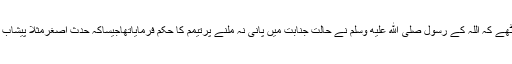
غرضیکہ حضرت عمر رضى الله عنه بھول بیٹھے کہ اللہ کے رسول صلى الله عليه وسلم نے حالتِ جنابت میں پانی نہ ملنے پرتیمم کا حکم فرمایاتھاجیساکہ حدث اصغرمثلاً پیشاب ،پائخانہ اور ہو ا خارج ہونے سے ہواکرتا ہے۔